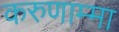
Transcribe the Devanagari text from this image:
करुणाम्मा